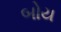
બોય